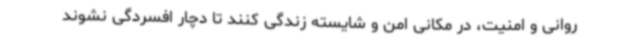
روانی و امنیت، در مکانی امن و شایسته زندگی کنند تا دچار افسردگی نشوند